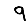
Digit: 9